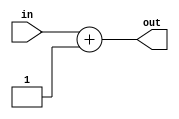
module PCIncrement (input[10:0] in, output[10:0] out);

assign out = in +11'b00000000001;

endmodule